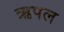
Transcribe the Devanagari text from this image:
ऋपल